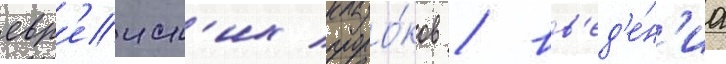
евр'еиск'их проро́ков / вв'ед'е́н'иа